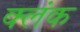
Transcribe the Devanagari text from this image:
क्लंक